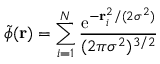
\tilde { \phi } ( \mathbf { r } ) = \sum _ { i = 1 } ^ { N } \frac { \mathrm { e } ^ { - \mathbf { r } _ { i } ^ { 2 } / ( 2 \sigma ^ { 2 } ) } } { ( 2 \pi \sigma ^ { 2 } ) ^ { 3 / 2 } }